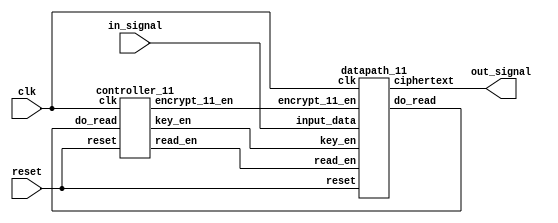
module simpleDES (input  clk, reset,
                  input  [15:0] in_signal,
                  output [7:0] out_signal);

  wire read_en, key_en, encrypt_11_en, do_read;

  controller_11 control (clk, reset, do_read, read_en, key_en, encrypt_11_en);
  datapath_11 dp (clk, reset, read_en, key_en, encrypt_11_en, in_signal, out_signal, do_read);



endmodule



module controller_11 (input     clk, reset,
                    input do_read,
                   output reg read_en, key_en, encrypt_11_en);
  localparam IDLE=3'b000, READ=3'b001, KEYGEN=3'b010, ENCRYPT=3'b011, DONE=3'b100;
  reg [2:0] state, nstate;


  always @ (posedge clk)
    if (reset)
      state <= IDLE;
    else
      begin
		case (state)
		  IDLE: nstate = do_read? READ: IDLE;
		  READ: nstate = KEYGEN;
		  KEYGEN: nstate = ENCRYPT;
		  ENCRYPT: nstate = DONE;
		  DONE: nstate = IDLE;
		endcase
        case (nstate)
          IDLE: {read_en, key_en, encrypt_11_en} = 3'b000;
          READ: {read_en, key_en, encrypt_11_en} = 3'b100;
          KEYGEN: {read_en, key_en, encrypt_11_en} = 3'b010;
          ENCRYPT: {read_en, key_en, encrypt_11_en} = 3'b001;
          DONE: {read_en, key_en, encrypt_11_en} = 3'b000;
        endcase
		
      end

  

endmodule


module datapath_11(input    clk, reset,
                input read_en, key_en, encrypt_11_en,
                input [15:0] input_data,
                output [7:0] ciphertext,
                output do_read);

    wire [7:0] plaintextToEncrypt;
    wire [7:0] keyToKeygen;
    wire [9:0] fullKey;
    wire [15:0] keysOutput;
    wire [7:0] key1ToEncrypt;
    wire [7:0] key2ToEncrypt;
    wire [7:0] encrypt_11Output;

    assign fullKey[9] = 1;
    assign fullKey[8] = 1;
    assign fullKey[7:0] = keyToKeygen;
    
    assign do_read = ((plaintextToEncrypt == input_data[7:0] && keyToKeygen == input_data[15:8]) || reset);

    flopenr_11 plaintext (clk, reset, read_en, input_data[7:0], plaintextToEncrypt);
    flopenr_11 key_input (clk, reset, read_en, input_data[15:8], keyToKeygen);

    keygen_11 key (fullKey, keysOutput);

    flopenr_11 key1 (clk, reset, key_en, keysOutput[15:8], key1ToEncrypt);
    flopenr_11 key2 (clk, reset, key_en, keysOutput[7:0], key2ToEncrypt);

    encrypt_11 enc (plaintextToEncrypt, key1ToEncrypt, key2ToEncrypt, encrypt_11Output);

    flopenr_11 encrypt_11ed (clk, reset, encrypt_11_en, encrypt_11Output, ciphertext);

endmodule


module flopenr_11 (input               clk, reset, en,
                 input   [7:0] d, 
                 output  reg [7:0] q);
 
  always @(posedge clk)
    if      (reset) q <= 0;
    else if (en)    q <= d;
endmodule



// key gen module
module keygen_11 (input  [9:0] in,
                      output  [15:0] out);

  wire [9:0] p10_out;
  wire [9:0] shift_out1;
  wire [9:0] shift_out2;


  permutation10 perm10 (in, p10_out);
  shift shift1 (p10_out, shift_out1);
  permutation8 perm1 (shift_out1, out[7:0]);
  shift shift2 (shift_out1, shift_out2);
  permutation8 perm2 (shift_out2, out[15:8]);

endmodule

// encyrption module

module encrypt_11 (input  [7:0] in,
                input  [7:0] key1,
                input  [7:0] key2,
                output  [7:0] out);

  wire [3:0] IP_out_upper;
  wire [3:0] IP_out_lower;
  wire [7:0] expansion1_out;
  wire [3:0] xor1_out_upper;
  wire [3:0] perm4_out1;
  wire [3:0] xor2_out;
  wire [7:0] expansion2_out;
  wire [3:0] xor3_out_upper;
  wire [3:0] perm4_out2;
  wire [3:0] xor4_out;

  permutationI permI (in, IP_out_upper, IP_out_lower);

  expansion expan_1 (IP_out_lower, expansion1_out);
  xor8to4 x8_1 (expansion1_out, key1, xor1_out_upper);
  permutation4 perm4_1 (xor1_out_upper, perm4_out1);
  xor4 x4_1 (perm4_out1, IP_out_upper, xor2_out);

  expansion expan_2 (xor2_out, expansion2_out);
  xor8to4 x8_2 (expansion2_out, key2, xor3_out_upper);
  permutation4 perm4_2 (xor3_out_upper, perm4_out2);
  xor4 x4_2 (perm4_out2, IP_out_lower, xor4_out);

  permutationIP permIP (xor4_out, xor2_out, out);


endmodule


// shift module
module shift (input  [9:0] in,
                      output  [9:0] out);

  assign out[0] = in[1];
  assign out[1] = in[2];
  assign out[2] = in[3];
  assign out[3] = in[4];
  assign out[4] = in[5];
  assign out[5] = in[6];
  assign out[6] = in[7];
  assign out[7] = in[8];
  assign out[8] = in[9];
  assign out[9] = in[0];



endmodule

// expansion module
module expansion (input  [3:0] in,
                      output  [7:0] out);

  assign out[0] = 1;
  assign out[1] = 0;
  assign out[2] = 1;
  assign out[3] = 0;
  assign out[4] = in[2];
  assign out[5] = in[1];
  assign out[6] = in[3];
  assign out[7] = in[0];


endmodule

// permutation module
module permutation10 (input  [9:0] in,
                      output  [9:0] out);

  assign out[0] = in[2];
  assign out[1] = in[4];
  assign out[2] = in[1];
  assign out[3] = in[6];
  assign out[4] = in[3];
  assign out[5] = in[9];
  assign out[6] = in[0];
  assign out[7] = in[8];
  assign out[8] = in[7];
  assign out[9] = in[5];

endmodule

module permutation8 (input  [9:0] in,
                      output  [7:0] out);

  assign out[0] = in[5];
  assign out[1] = in[2];
  assign out[2] = in[6];
  assign out[3] = in[3];
  assign out[4] = in[7];
  assign out[5] = in[4];
  assign out[6] = in[9];
  assign out[7] = in[8];


endmodule

module permutationI (input  [7:0] in,
                      output  [3:0] out_upper,
                      output  [3:0] out_lower);

  assign out_lower[0] = in[5];
  assign out_lower[1] = in[5];
  assign out_lower[2] = in[2];
  assign out_lower[3] = in[0];
  assign out_upper[0] = in[3];
  assign out_upper[1] = in[7];
  assign out_upper[2] = in[4];
  assign out_upper[3] = in[6];


endmodule

module permutationIP (input  [3:0] in1,
                      input  [3:0] in2,
                      output  [7:0] out);

  assign out[0] = in2[0];
  assign out[1] = in1[0];
  assign out[2] = in1[2];
  assign out[3] = in2[0];
  assign out[4] = in2[2];
  assign out[5] = in1[1];
  assign out[6] = in2[3];
  assign out[7] = in2[1];


endmodule

module permutation4 (input  [3:0] in,
                      output  [3:0] out);

  assign out[0] = in[2];
  assign out[1] = in[1];
  assign out[2] = in[3];
  assign out[3] = in[0];


endmodule

module xor8to4 (input  [7:0] in1,
              input  [7:0] in2,
                      output  [3:0] out);

  assign out[0] = in1[0] ^ in2[0];
  assign out[1] = in1[1] ^ in2[1];
  assign out[2] = in1[2] ^ in2[2];
  assign out[3] = in1[3] ^ in2[3];


endmodule

module xor4 (input  [3:0] in1,
              input  [3:0] in2,
                      output  [3:0] out);

  assign out = in1 ^ in2;


endmodule